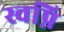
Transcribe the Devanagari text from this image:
स्वप्नि